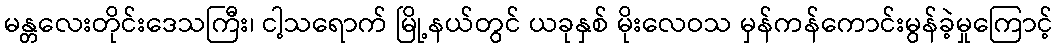
မန္တလေးတိုင်းဒေသကြီး၊ ငါ့သရောက် မြို့နယ်တွင် ယခုနှစ် မိုးလေဝသ မှန်ကန်ကောင်းမွန်ခဲ့မှုကြောင့်